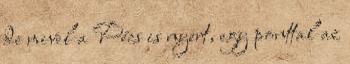
de mivel a Pécs is nyert, egy ponttal az